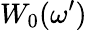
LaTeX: W_{0}(\omega^{\prime})